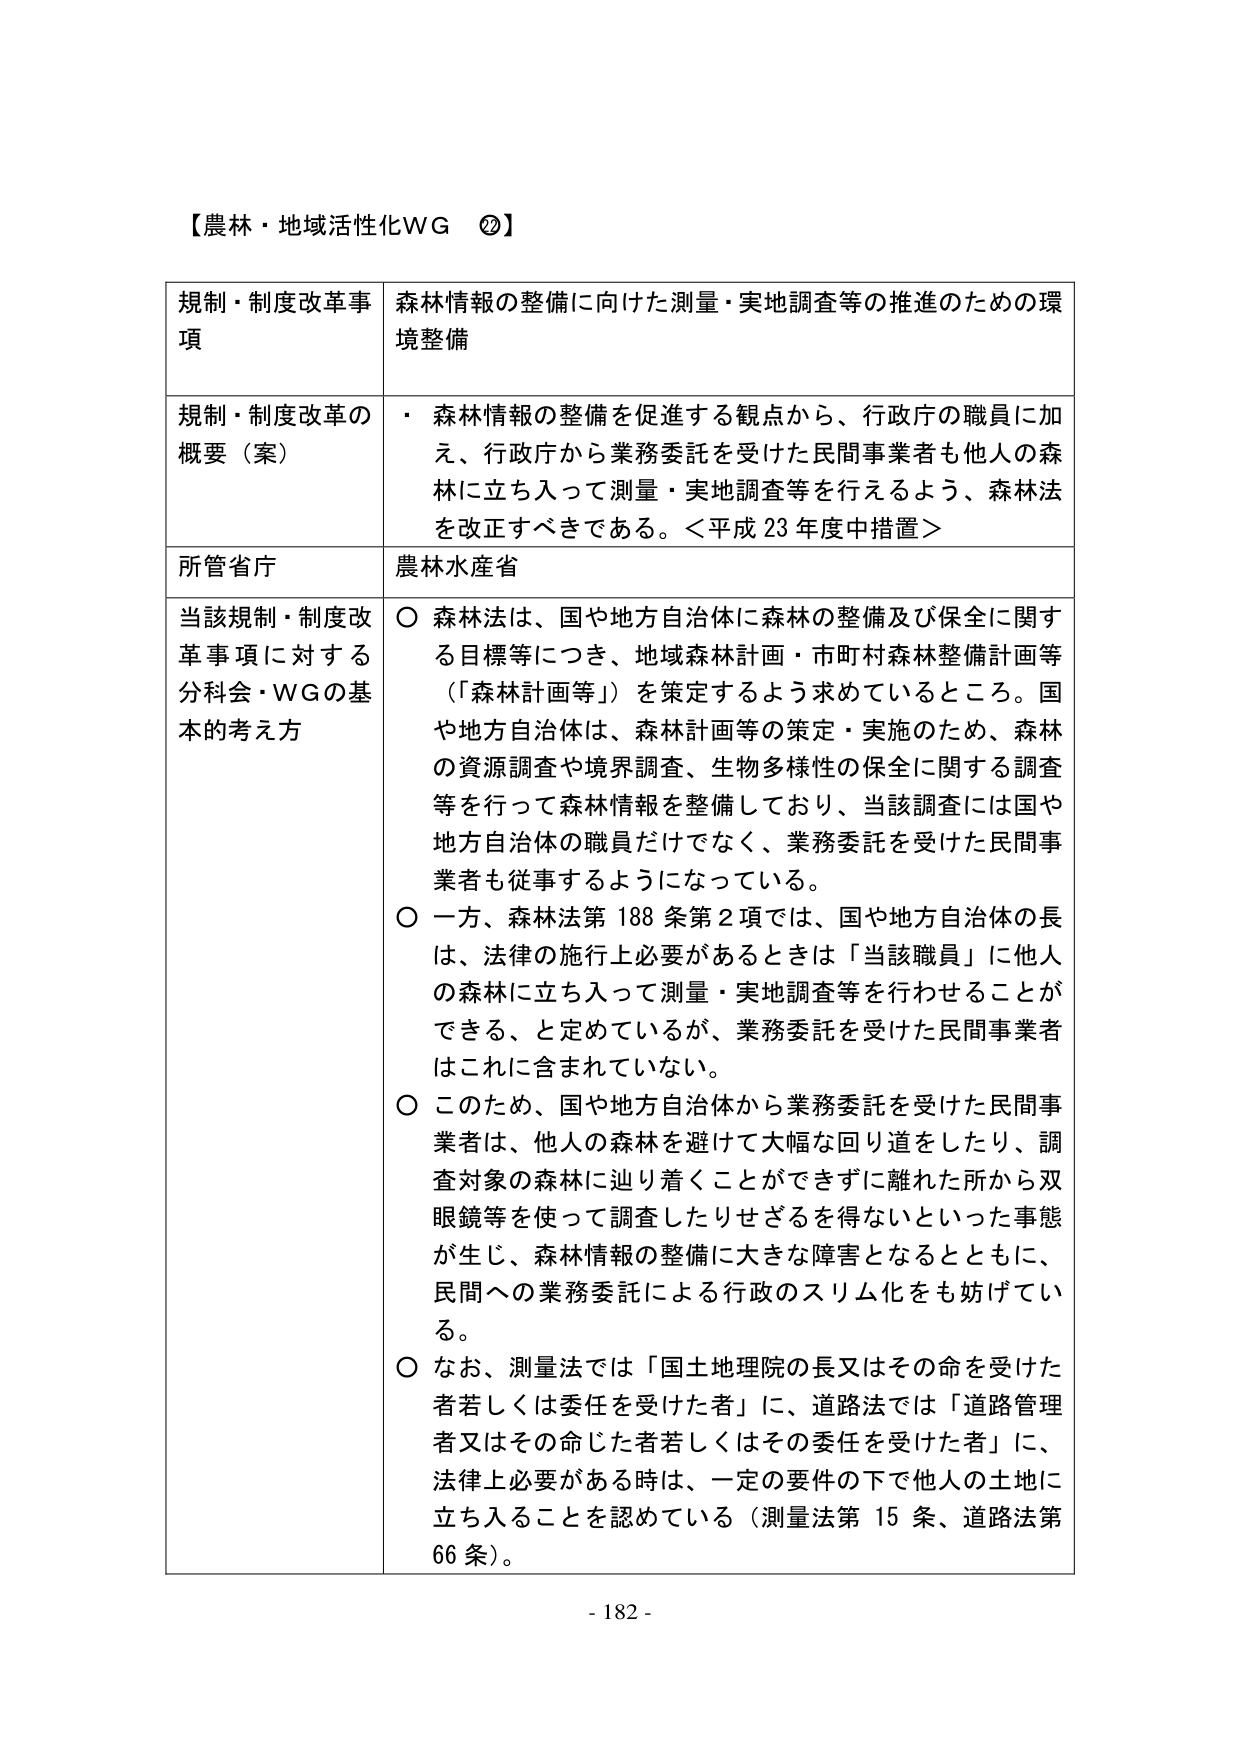
【農林・地域活性化WG ②】

規制・制度改革事項　　森林情報の整備に向けた測量・実地調査等の推進のための環境整備

規制・制度改革の概要（案）　・　森林情報の整備を促進する観点から、行政庁の職員に加え、行政庁から業務委託を受けた民間事業者も他人の森林に立ち入って測量・実地調査等を行えるよう、森林法を改正すべきである。＜平成23年度中措置＞

所管省庁　　農林水産省

当該規制・制度改革事項に対する分科会・WGの基本的考え方　　○　森林法は、国や地方自治体に森林の整備及び保全に関する目標等につき、地域森林計画・市町村森林整備計画等（「森林計画等」）を策定するよう求めているところ。国や地方自治体は、森林計画等の策定・実施のため、森林の資源調査や境界調査、生物多様性の保全に関する調査等を行って森林情報を整備しており、当該調査には国や地方自治体の職員だけでなく、業務委託を受けた民間事業者も従事するようになっている。

○　一方、森林法第188条第2項では、国や地方自治体の長は、法律の施行上必要があるときは「当該職員」に他人の森林に立ち入って測量・実地調査等を行わせることができる、と定めているが、業務委託を受けた民間事業者はこれに含まれていない。

○　このため、国や地方自治体から業務委託を受けた民間事業者は、他人の森林を避けて大幅な回り道をしたり、調査対象の森林に辿り着くことができずに離れた所から双眼鏡等を使って調査したりせざるを得ないといった事態が生じ、森林情報の整備に大きな障害となるとともに、民間への業務委託による行政のスリム化をも妨げている。

○　なお、測量法では「国土地理院の長又はその命を受けた者若しくは委任を受けた者」に、道路法では「道路管理者又はその命じた者若しくはその委任を受けた者」に、法律上必要がある時は、一定の要件の下で他人の土地に立ち入ることを認めている（測量法第15条、道路法第66条）。

- 182 -